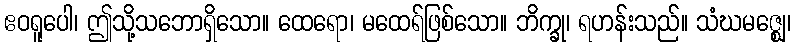
ဧဝရူပေါ၊ ဤသို့သဘောရှိသော။ ထေရော၊ မထေရ်ဖြစ်သော။ ဘိက္ခု၊ ရဟန်းသည်။ သံဃမဇ္ဈေ၊